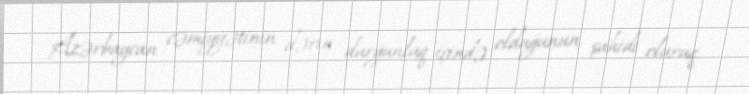
Azərbaycan cəmiyyətinin dərin durğunluq içində olduğunun şahidi oluruq.